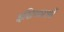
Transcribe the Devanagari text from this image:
इष्टिकाओं